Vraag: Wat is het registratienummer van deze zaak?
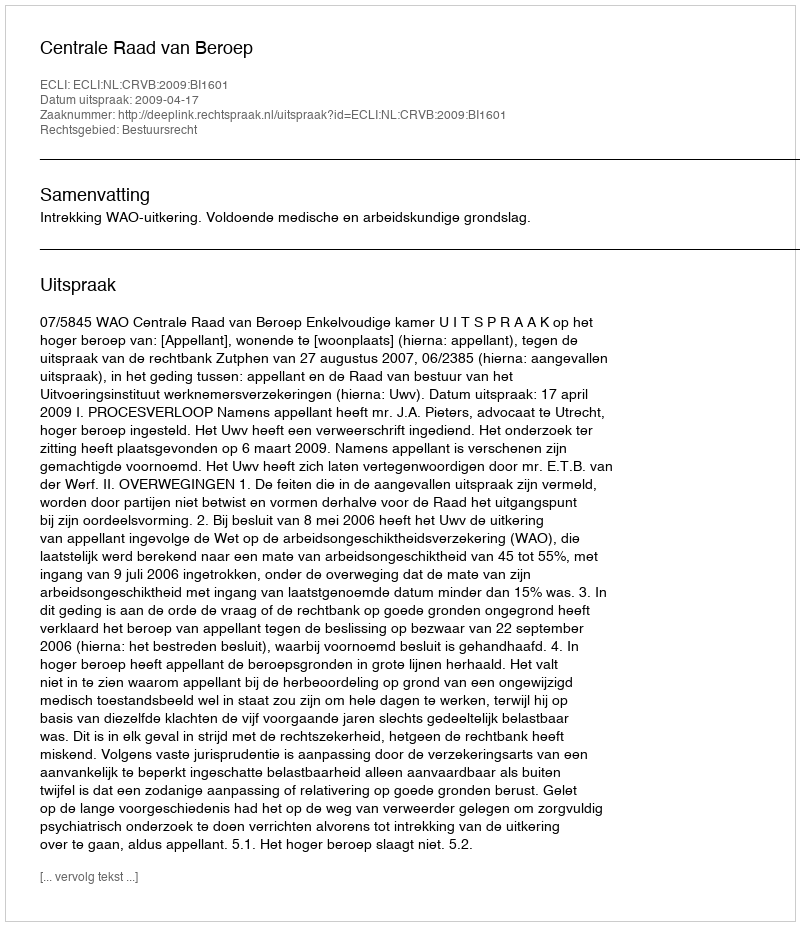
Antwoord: http://deeplink.rechtspraak.nl/uitspraak?id=ECLI:NL:CRVB:2009:BI1601